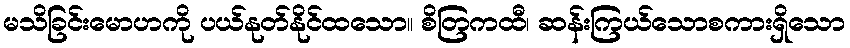
မသိခြင်းမောဟကို ပယ်နုတ်နိုင်ထသော။ စိတြကထီ၊ ဆန်းကြယ်သောစကားရှိသော